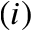
( i )